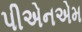
પીએનએમ